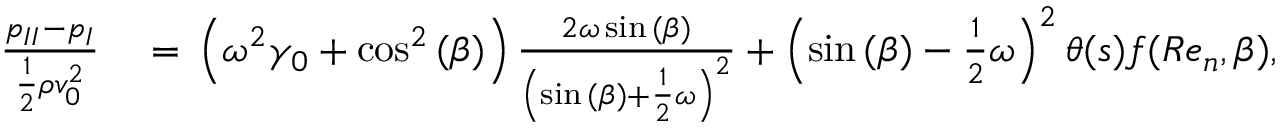
\begin{array} { r l } { \frac { { p _ { I I } } - { p _ { I } } } { \frac { 1 } { 2 } \rho v _ { 0 } ^ { 2 } } } & { { } = { } \left( \omega ^ { 2 } \gamma _ { 0 } + \cos ^ { 2 } { ( \beta ) } \right) \frac { 2 \omega \sin { ( \beta ) } } { \left( \sin { ( \beta ) } + \frac { 1 } { 2 } \omega \right) ^ { 2 } } + \left( \sin { ( \beta ) } - \frac { 1 } { 2 } \omega \right) ^ { 2 } \theta ( s ) f ( R e _ { n } , \beta ) , } \end{array}